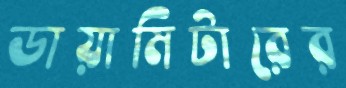
ডায়ামিটারের